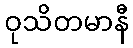
ဝုသိတမာနီ